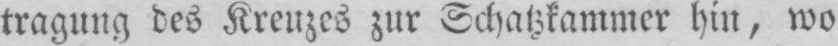
tragung des Kreuzes zur Schatzkammer hin, wo